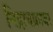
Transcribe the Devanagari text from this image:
निद्राचक्रावर